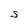
Character: S